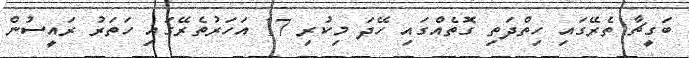
ބަގީޗާ ތެރޭގައި ހިތްދަތި ގޮތެއްގައި ހޭދަ މިކުރި 17 އަހަރުތެރޭގައި ހަތަރު ރައީސުން